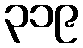
၃၁၉